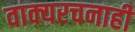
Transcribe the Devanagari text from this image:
वाक्यरचनाही